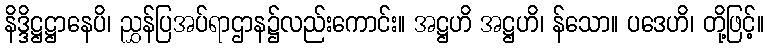
နိဒ္ဒိဋ္ဌဋ္ဌာနေပိ၊ ညွှန်ပြအပ်ရာဌာန၌လည်းကောင်း။ အဋ္ဌဟိ အဋ္ဌဟိ၊ န်သော။ ပဒေဟိ၊ တို့ဖြင့်။